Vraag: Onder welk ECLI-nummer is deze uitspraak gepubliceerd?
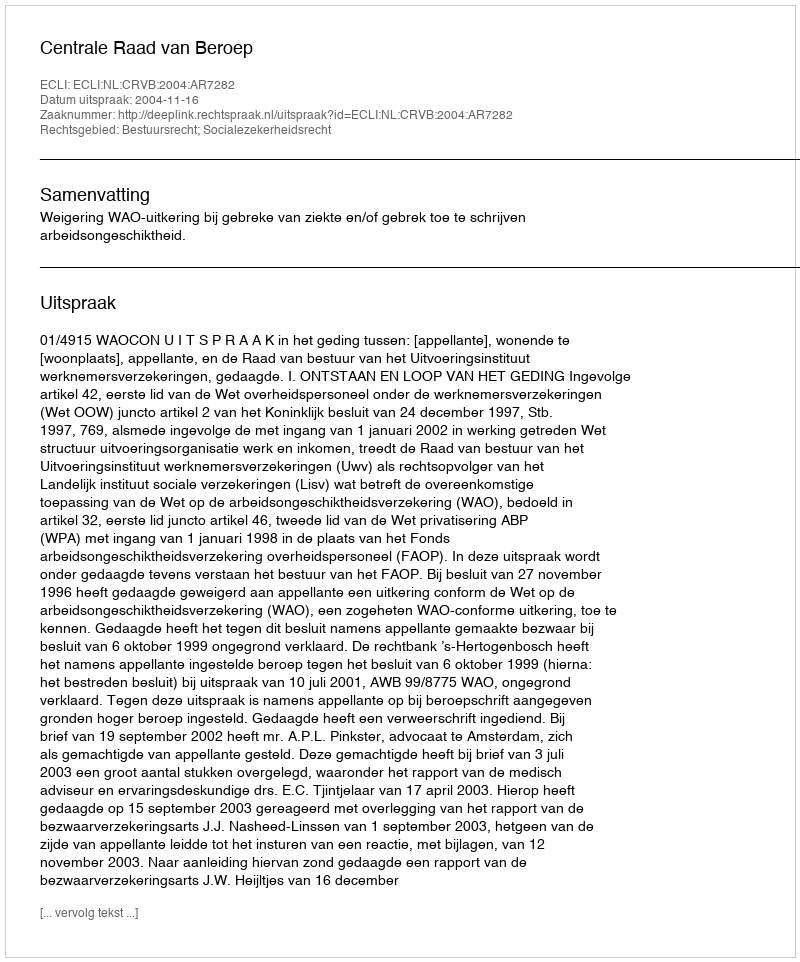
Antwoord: ECLI:NL:CRVB:2004:AR7282